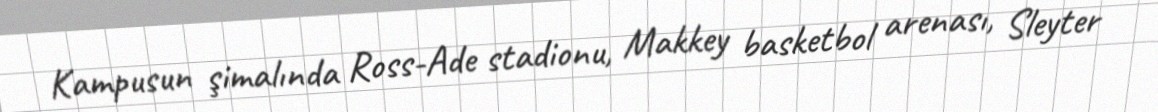
Kampusun şimalında Ross-Ade stadionu, Makkey basketbol arenası, Sleyter